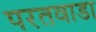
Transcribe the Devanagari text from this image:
परतवाडा